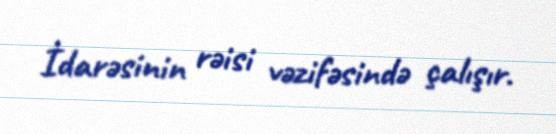
İdarəsinin rəisi vəzifəsində çalışır.